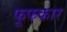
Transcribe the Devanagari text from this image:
फूफकार